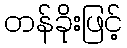
တန်ခိုးဖြင့်